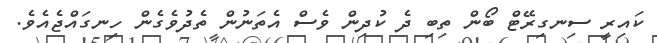
ކައިރީ ސިނގިރޭޓް ބޯން ތިބި ދެ ކުދިން ވެސް އެތަނުން ތެދުވެގެން ހިނގައްޖެއެވެ.